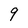
Character: 9